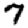
Digit: 7